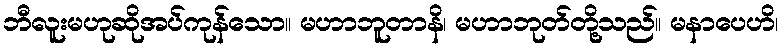
ဘီလူးမဟုဆိုအပ်ကုန်သော။ မဟာဘူတာနိ၊ မဟာဘုတ်တို့သည်။ မနာပေဟိ၊